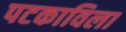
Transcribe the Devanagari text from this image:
पटकाविला